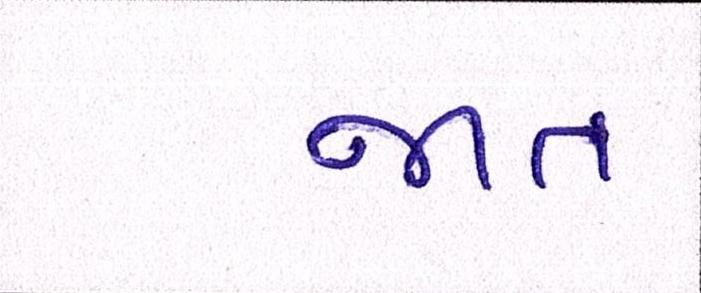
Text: જાત